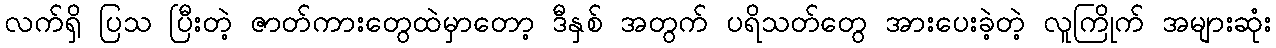
လက်ရှိ ပြသ ပြီးတဲ့ ဇာတ်ကားတွေထဲမှာတော့ ဒီနှစ် အတွက် ပရိသတ်တွေ အားပေးခဲ့တဲ့ လူကြိုက် အများဆုံး